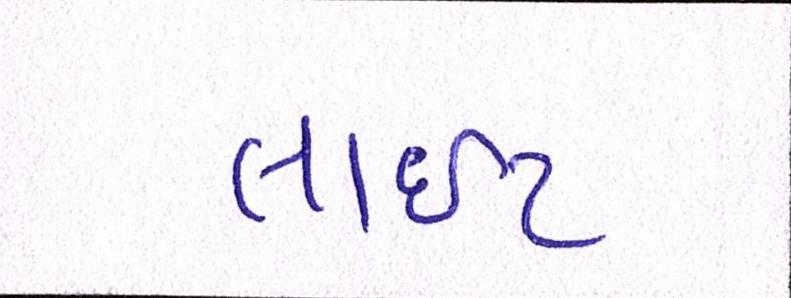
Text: લાઇટ